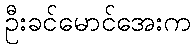
ဦးခင်မောင်အေးက